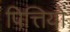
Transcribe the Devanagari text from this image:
पित्तियों